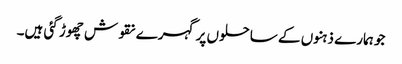
جو ہمارے ذہنوں کے ساحلوں پر گہرے نقوش چھوڑ گئی ہیں۔